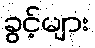
ခွင့်များ